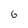
Character: 6